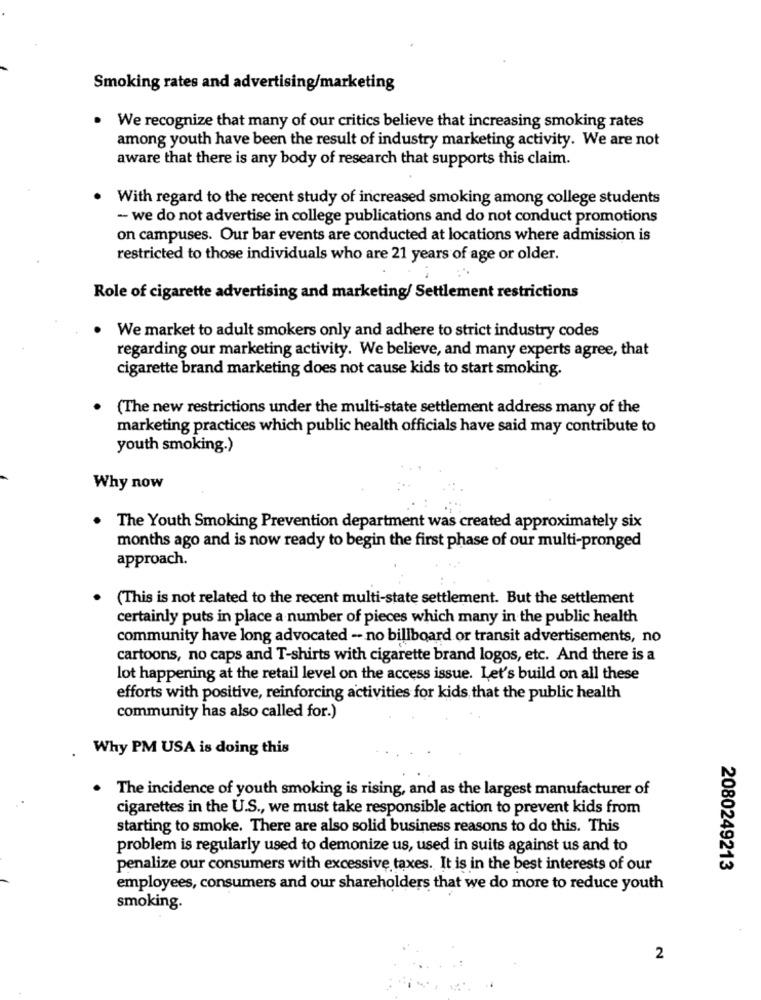
Smoking rates and advertising/marketing
. We recognize that many of our critics believe that increasing smoking rates
among youth have been the result of industry marketing activity. We are not
aware that there is any body of research that supports this claim.
With regard to the recent study of increased smoking among college students
- we do not advertise in college publications and do not conduct promotions
on campuses. Our bar events are conducted at locations where admission is
restricted to those individuals who are 21 years of age or older.
Role of cigarette advertising and marketing/ Settlement restrictions
We market to adult smokers only and adhere to strict industry codes
regarding our marketing activity. We believe, and many experts agree, that
cigarette brand marketing does not cause kids to start smoking.
(The new restrictions under the multi-state settlement address many of the
marketing practices which public health officials have said may contribute to
youth smoking.)
Why now
The Youth Smoking Prevention department was created approximately six
months ago and is now ready to begin the first phase of our multi-pronged
approach.
(This is not related to the recent multi-state settlement. But the settlement
certainly puts in place a number of pieces which many in the public health
community have long advocated - no billboard or transit advertisements, no
cartoons, no caps and T-shirts with cigarette brand logos, etc. And there is a
lot happening at the retail level on the access issue. Let's build on all these
efforts with positive, reinforcing activities for kids that the public health
community has also called for.)
Why PM USA is doing this
The incidence of youth smoking is rising, and as the largest manufacturer of
cigarettes in the U.S ., we must take responsible action to prevent kids from
starting to smoke. There are also solid business reasons to do this. This
problem is regularly used to demonize us, used in suits against us and to
penalize our consumers with excessive taxes. It is in the best interests of our
2080249213
employees, consumers and our shareholders that we do more to reduce youth
smoking.
2